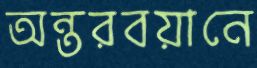
অন্তরবয়ানে